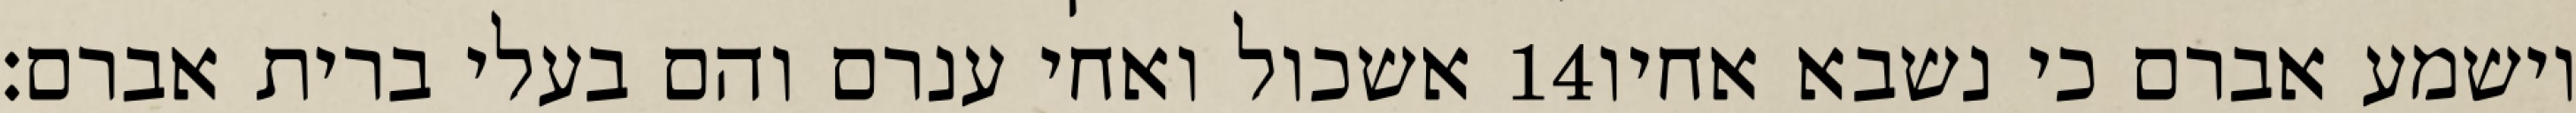
אשכול ואחי ענרם והם בעלי ברית אברם׃ ‎14‏ וישמע אברם כי נשבא אחיו